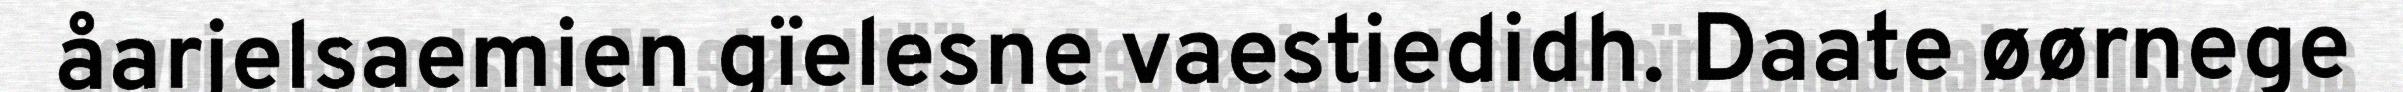
åarjelsaemien gïelesne vaestiedidh. Daate øørnege